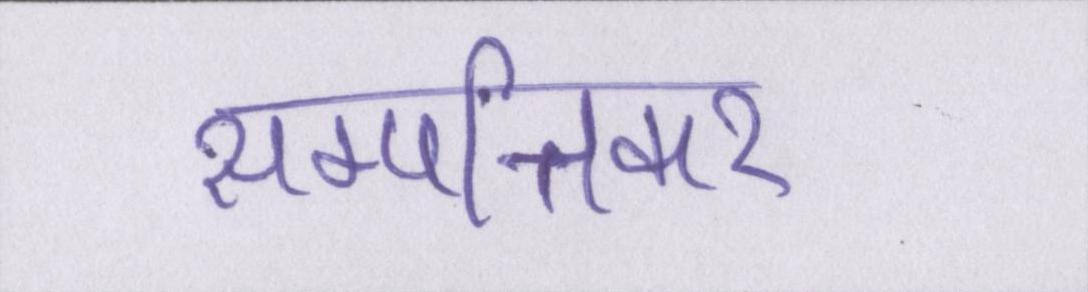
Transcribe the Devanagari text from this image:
सम्पत्तिकर